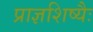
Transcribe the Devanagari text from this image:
प्राज्ञशिष्यैः